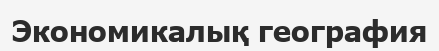
Экономикалық география